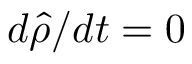
d { \hat { \rho } } / d t = 0